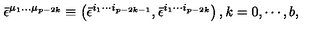
\bar { \epsilon } ^ { \mu _ { 1 } \ldots \mu _ { p - 2 k } } \equiv \left( \bar { \epsilon } ^ { i _ { 1 } \cdots i _ { p - 2 k - 1 } } , \bar { \epsilon } ^ { i _ { 1 } \cdots i _ { p - 2 k } } \right) , k = 0 , \cdots , b ,